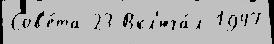
Сов'е́та 23 Вкл'юча́л 1947